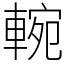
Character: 䡝